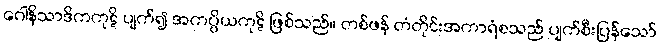
ဂေါနိသာဒိကကုဋိ ပျက်၍ အကပ္ပိယကုဋိ ဖြစ်သည်။ တစ်ဖန် တံတိုင်းအကာရံစသည် ပျက်စီးပြန်သော်